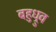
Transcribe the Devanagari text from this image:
बहुध्रुव